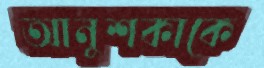
আনুশকাকে